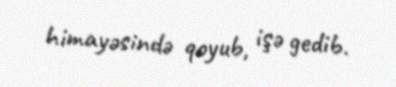
himayəsində qoyub, işə gedib.